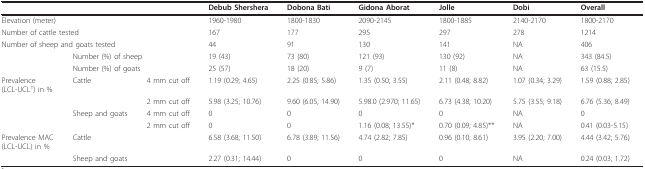
|  |  |  | Debub Shershera | Dobona Bati | Gidona Aborat | Jolle | Dobi | Overall |
 | --- | --- | --- | --- | --- | --- | --- | --- | --- |
 | <COLSPAN=2> Elevation (meter) |  | 1960-1980 | 1800-1830 | 2090-2145 | 1800-1885 | 2140-2170 | 1800-2170 |
 | <COLSPAN=2> Number of cattle tested |  | 167 | 177 | 295 | 297 | 278 | 1214 |
 | <COLSPAN=2> Number of sheep and goats tested |  | 44 | 91 | 130 | 141 | NA | 406 |
 |  | <COLSPAN=2> Number (%) of sheep | 19 (43) | 73 (80) | 121 (93) | 130 (92) | NA | 343 (84.5) |
 |  | <COLSPAN=2> Number (%) of goats | 25 (57) | 18 (20) | 9 (7) | 11 (8) | NA | 63 (15.5) |
 | Prevalence(LCL-UCL†) in % | Cattle | 4 mm cut off | 1.19 (0.29; 4.65) | 2.25 (0.85; 5.86) | 1.35 (0.50; 3.55) | 2.11 (0.48; 8.82) | 1.07 (0.34; 3.29) | 1.59 (0.88; 2.85) |
 |  |  | 2 mm cut off | 5.98 (3.25; 10.76) | 9.60 (6.05; 14.90) | 5.98.0 (2.970; 11.65) | 6.73 (4.38; 10.20) | 5.75 (3.55; 9.18) | 6.76 (5.36; 8.49) |
 |  | Sheep and goats | 4 mm cut off | 0 | 0 | 0 | 0 | NA | 0 |
 |  |  | 2 mm cut off | 0 | 0 | 1.16 (0.08; 13.55)* | 0.70 (0.09; 4.85)** | NA | 0.41 (0.03-5.15) |
 | Prevalence MAC(LCL-UCL) in % | Cattle |  | 6.58 (3.68; 11.50) | 6.78 (3.89; 11.56) | 4.74 (2.82; 7.85) | 0.96 (0.10; 8.61) | 3.95 (2.20; 7.00) | 4.44 (3.42; 5.76) |
 |  | Sheep and goats |  | 2.27 (0.31; 14.44) | 0 | 0 | 0 | NA | 0.24 (0.03; 1.72) |